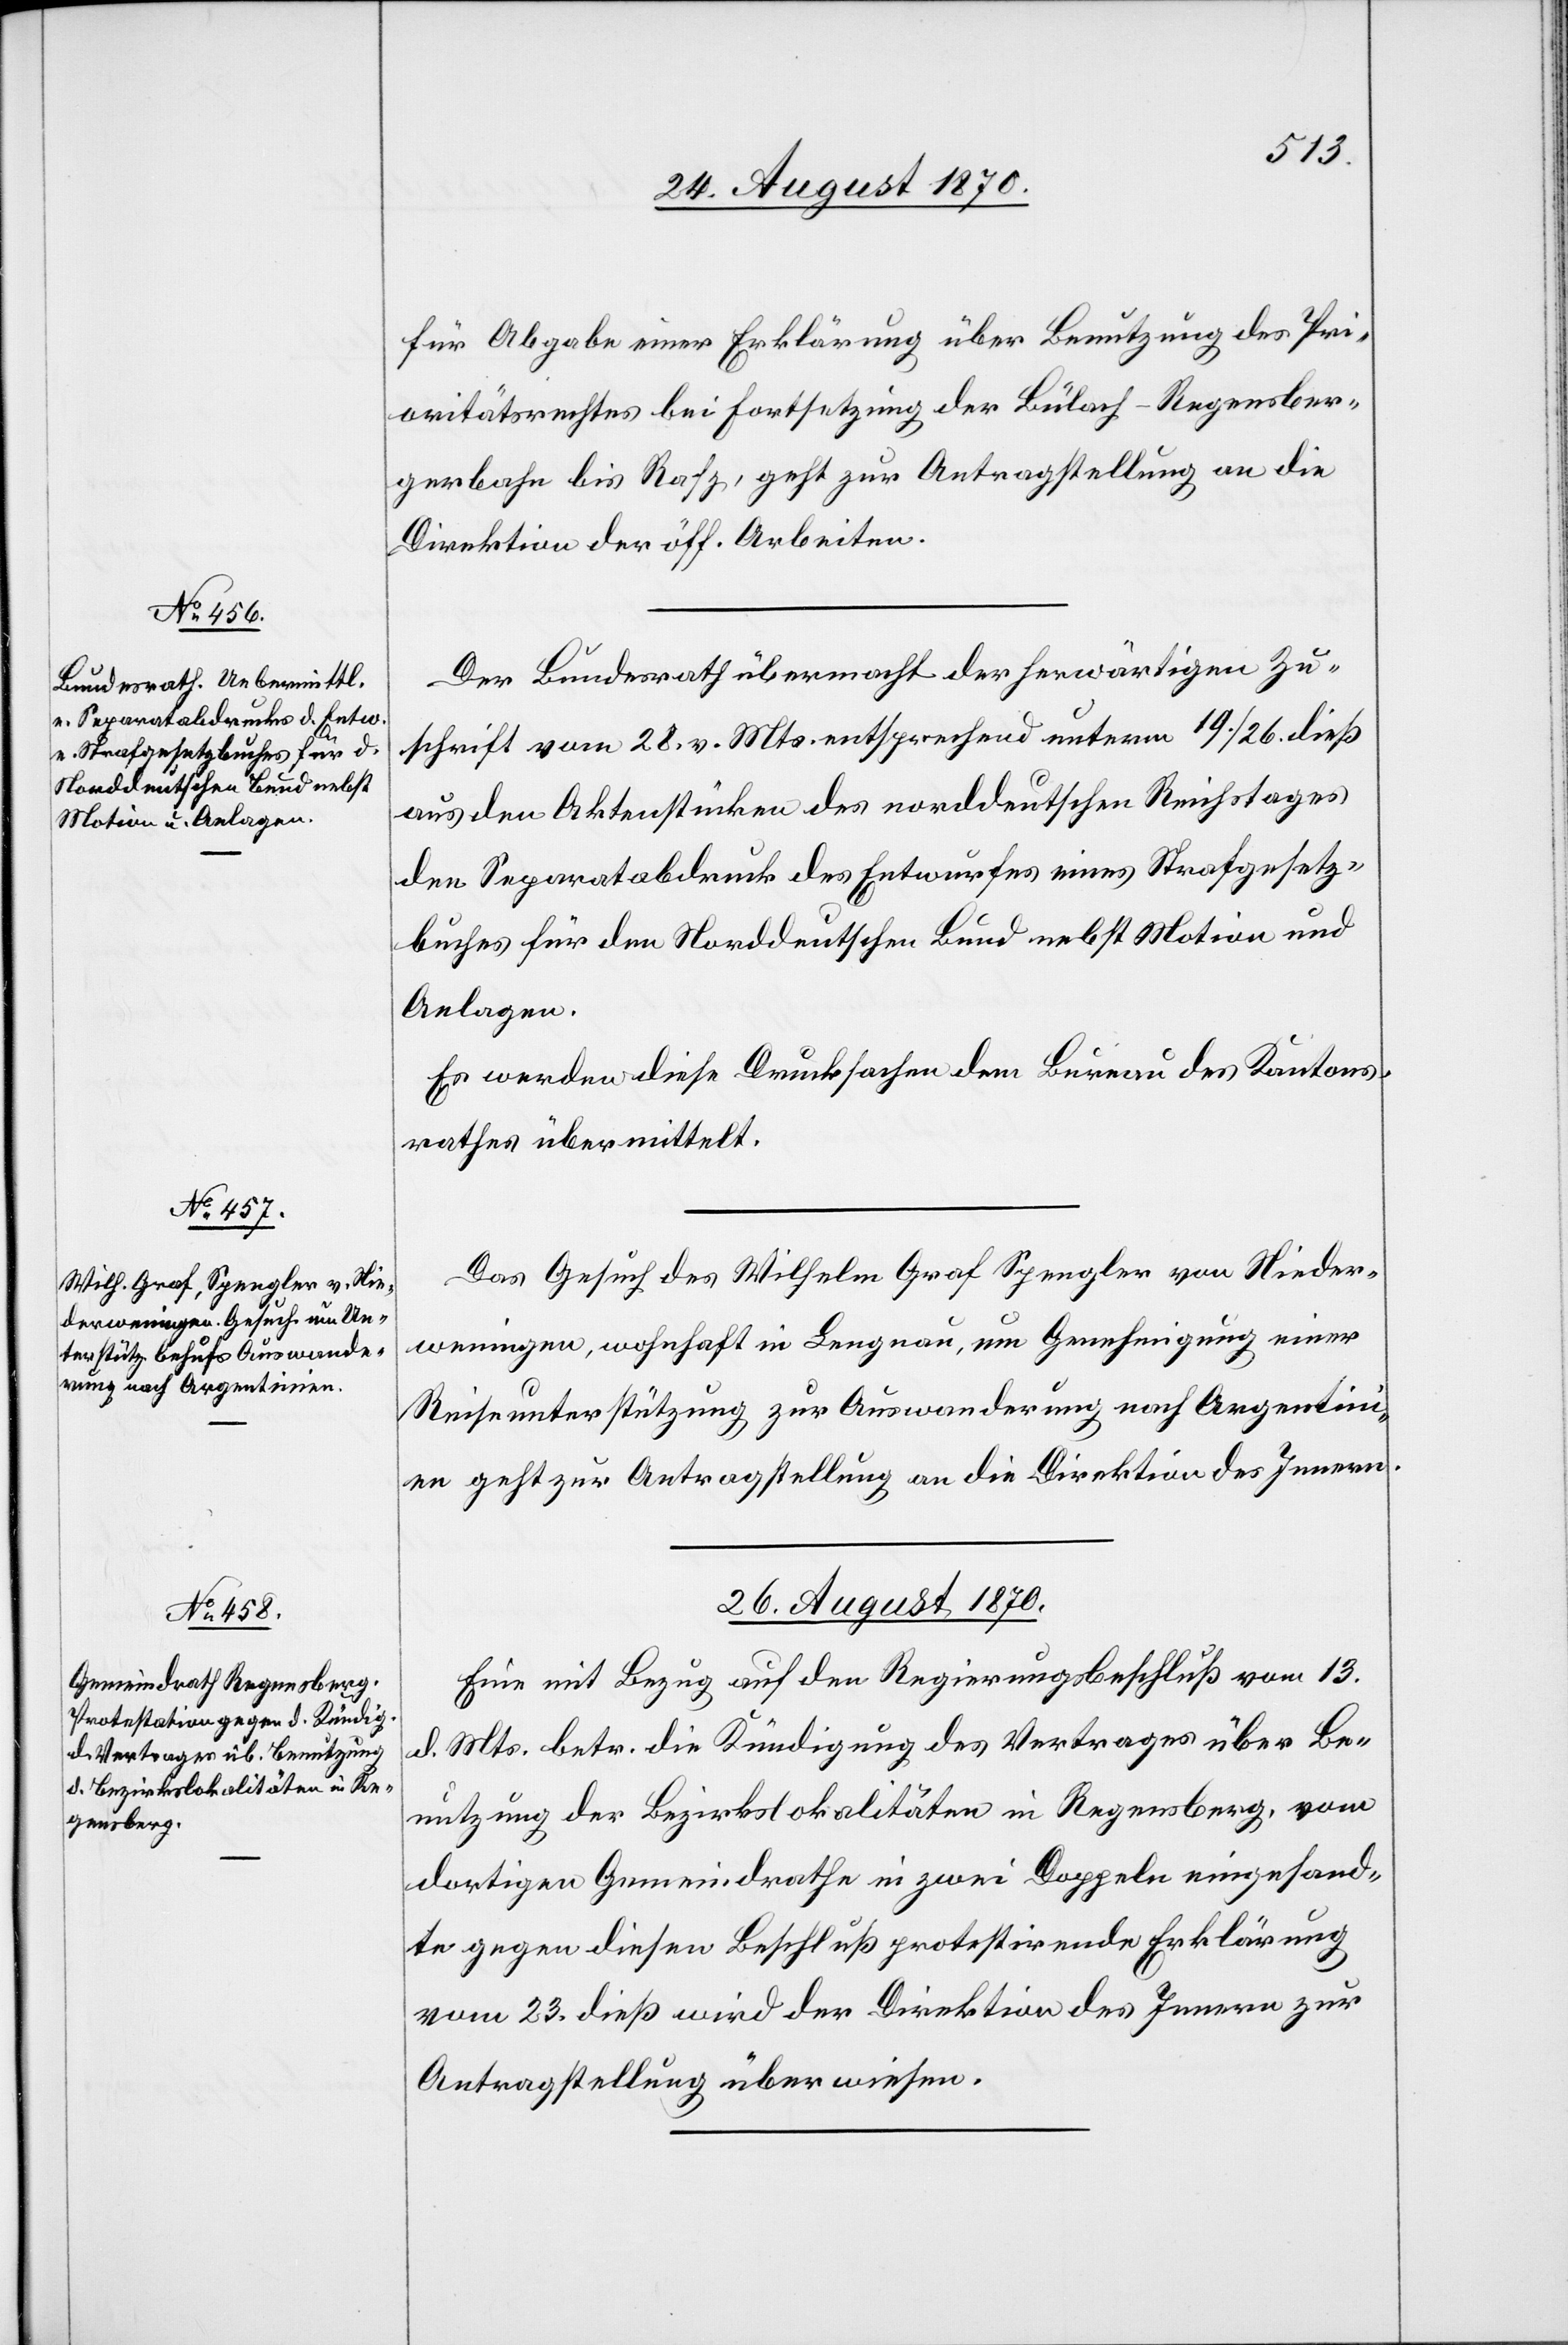
für Abgabe einer Erklärung über Benutzung des Pri¬
oritätsrechtes bei Fortsetzung der Bülach–Regensber¬
gerbahn bis Rafz, geht zur Antragstellung an die
Direktion der öff. Arbeiten.
Der Bundesrath übermacht der herwärtigen Zu¬
schrift vom 28. v. Mts. entsprechend unterm 19./26. dieß
aus den Aktenstücken des norddeutschen Reichstages
den Separatabdruck des Entwurfes eines Strafgesetz¬
buches für den Norddeutschen Bund nebst Motion und
Anlagen.
Es werden diese Drucksachen dem Bureau des Kantons¬
rathes übermittelt.
Das Gesuch des Wilhelm Graf[,] Spengler von Nieder¬
weningen, wohnhaft in Langnau, um Genehmigung einer
Reiseunterstützung zur Auswanderung nach Argentin¬
ien geht zur Antragstellung an die Direktion des Innern.
26. August 1870.
Eine mit Bezug auf den Regierungsbeschluß vom 13.
d. Mts. betr. die Kündigung des Vertrages über Be¬
nutzung der Bezirkslokalitäten in Regensberg, vom
dortigen Gemeindrathe in zwei Doppeln eingesand¬
te gegen diesen Beschluß protestirende Erklärung
vom 23. dieß wird der Direktion des Innern zur
Antragstellung überwiesen.